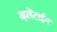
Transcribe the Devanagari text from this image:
व्हलेंटाईन